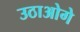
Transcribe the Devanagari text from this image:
उठाओगे